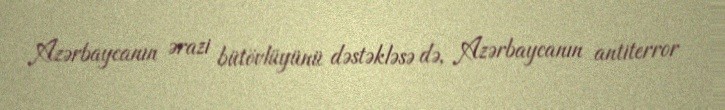
Azərbaycanın ərazi bütövlüyünü dəstəkləsə də, Azərbaycanın antiterror